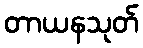
တာယနသုတ်